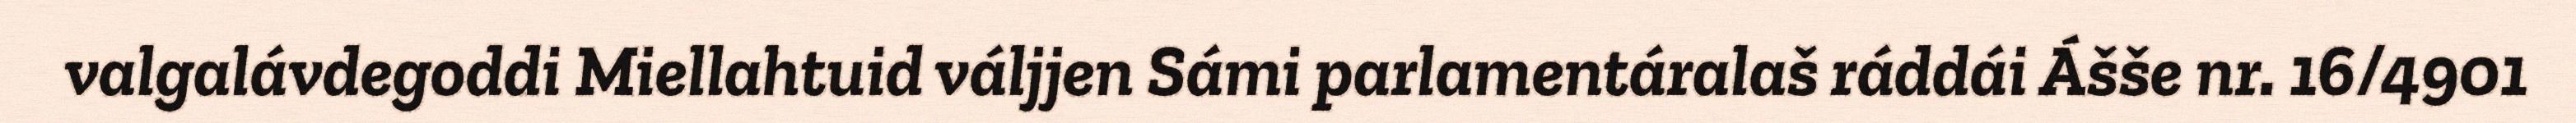
valgalávdegoddi Miellahtuid váljjen Sámi parlamentáralaš ráddái Ášše nr. 16/4901